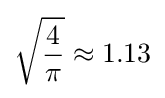
{\sqrt {\frac {4}{\pi }}}\approx 1.13